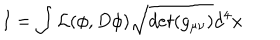
I = \int { \cal L } ( \phi , D \phi ) \sqrt { d e t ( g _ { \mu \nu } ) } d ^ { 4 } x